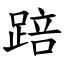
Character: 踣